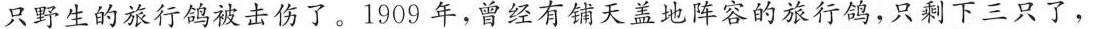
只野生的旅行鸽被击伤了。1909年，曾经有铺天盖地阵容的旅行鸽，只剩下三只了，